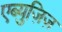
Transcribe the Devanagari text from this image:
एब्युज़िज़